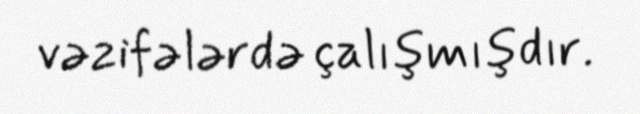
vəzifələrdə çalışmışdır.